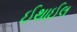
ઈથાઈલ